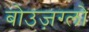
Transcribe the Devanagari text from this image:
बोउज़ग्लो